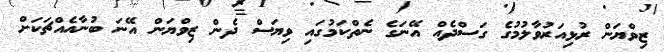
ޒިވްޔަން ރުޅިއަރުވާލުމުގެ ގަސްދެއް އޭނަގެ ނެތްކަމުގައި ވިޔަސް ދެން ޒިވްޔަން އޭނަ ބުނާއެއްޗަކަށް